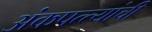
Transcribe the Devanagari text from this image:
अंकपत्त्यांची